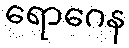
ရောဂေန